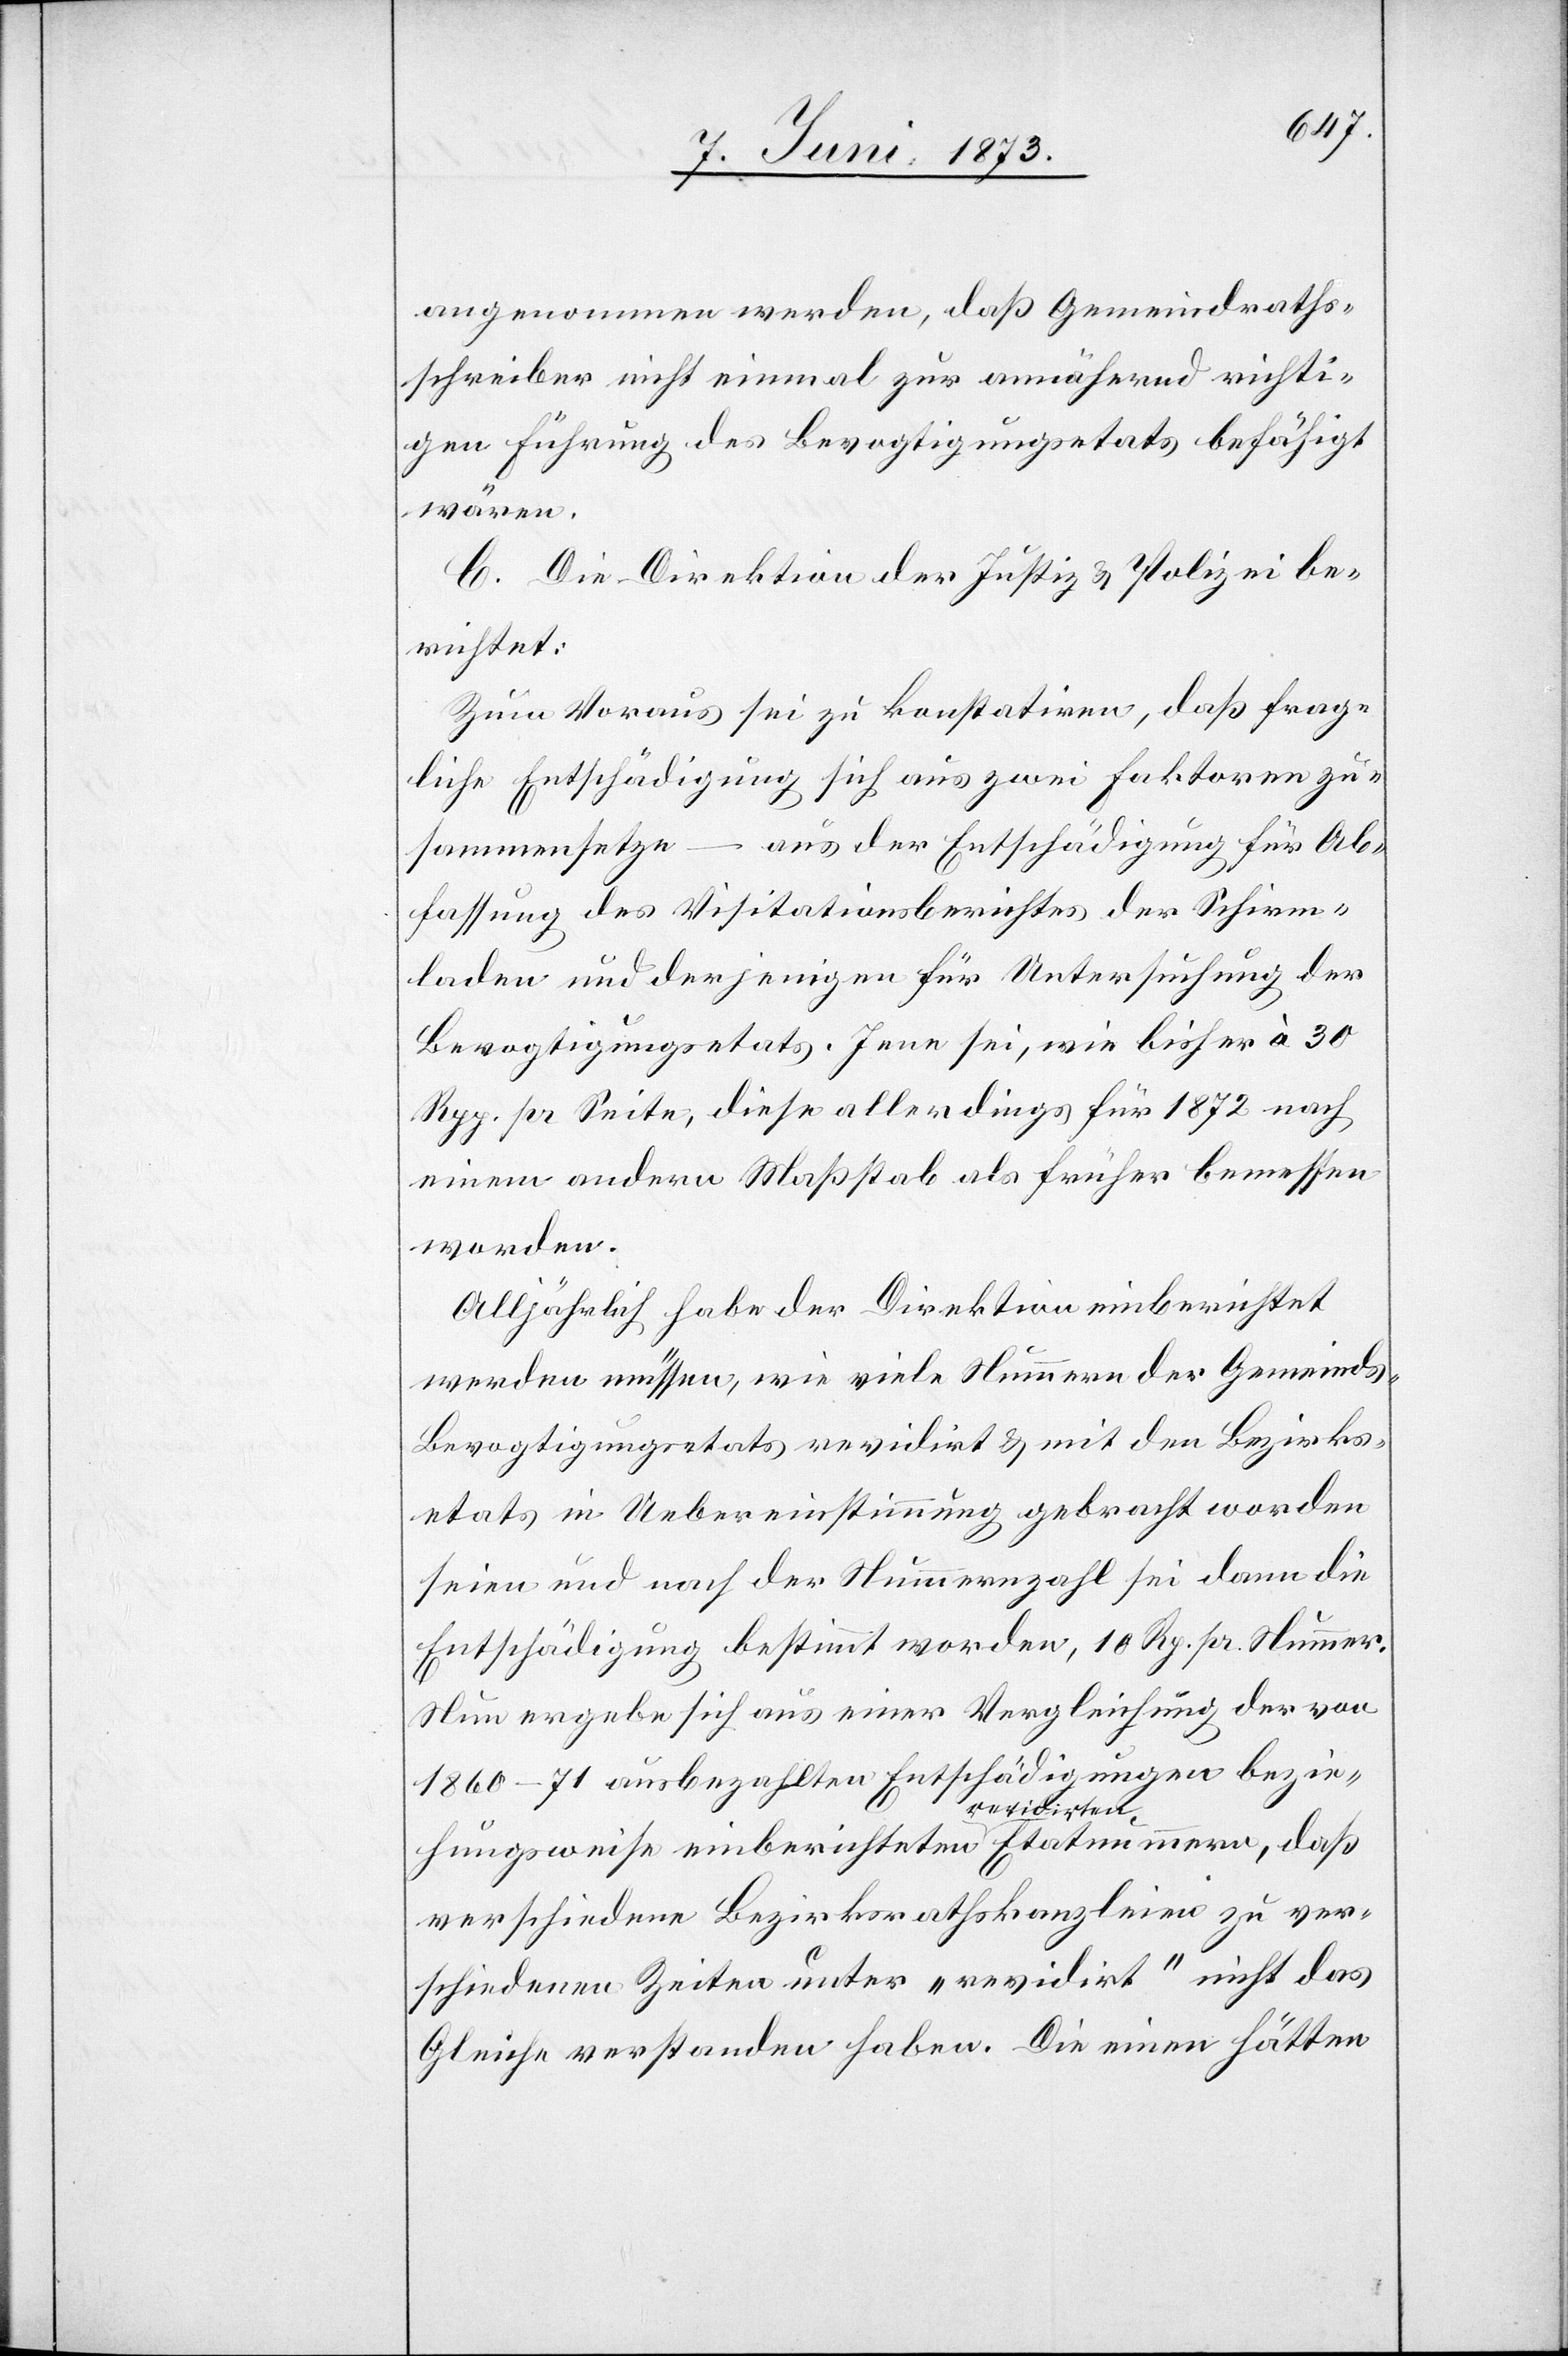
angenommen werden, daß Gemeindraths¬
schreiber nicht einmal zur annähernd richti¬
gen Führung des Bevogtigungsetats befähigt
wären.
C. Die Direktion der Justiz & Polizei be¬
richtet:
Zum Voraus sei zu konstatiren, daß frag¬
liche Entschädigung sich aus zwei Faktoren zu¬
sammensetze – aus der Entschädigung für Ab¬
fassung des Visitationsberichtes der Schirm¬
laden und derjenigen für Untersuchung der
Bevogtigungsetats. Jene sei, wie bisher à 30
Rpp. pr Seite, diese allerdings für 1872 nach
einem andern Maßstab als früher bemessen
worden.
Alljährlich habe der Direktion einberichtet
werden müssen, wie viele Nummern der Gemeind¬
s-Bevogtigungsetats revidirt & mit den Bezirks¬
etats in Uebereinstimmung gebracht worden
seien und nach der Nummernzahl sei dann die
Entschädigung bestimmt worden, 10 Rp. pr. Nummer.
Nun ergebe sich aus einer Vergleichung der von
1860–71 ausbezahlten Entschädigungen bezie¬
hungsweise einberichteten revidirten Etatnummern, daß
verschiedene Bezirksrathskanzleien zu ver¬
schiedenen Zeiten unter „revidirt“ nicht das
Gleiche verstanden haben. Die einen hätten